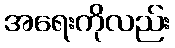
အရေးကိုလည်း